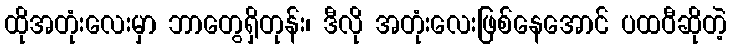
ထိုအတုံးလေးမှာ ဘာတွေရှိတုန်း၊ ဒီလို အတုံးလေးဖြစ်နေအောင် ပထဝီဆိုတဲ့